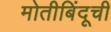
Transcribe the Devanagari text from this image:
मोतीबिंदूची